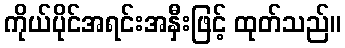
ကိုယ်ပိုင်အရင်းအနှီးဖြင့် ထုတ်သည်။